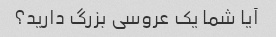
آیا شما یک عروسی بزرگ دارید؟